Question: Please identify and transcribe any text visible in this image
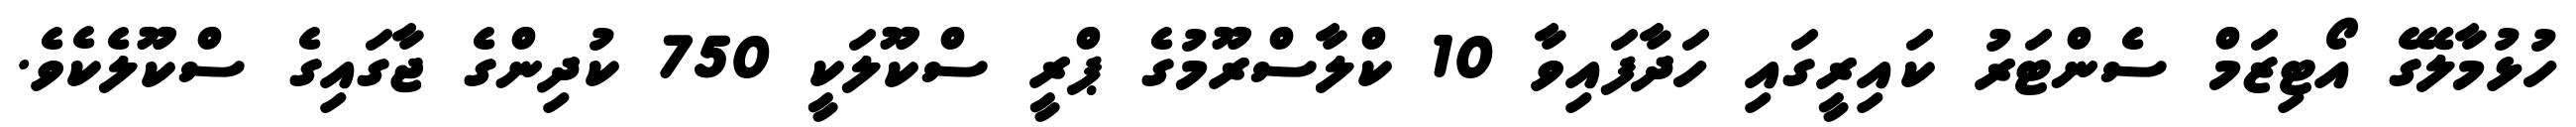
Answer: ހުޅުމާލޭގެ އޯޓިޒަމް ސެންޓަރު ކައިރީގައި ހަދާފައިވާ 10 ކްލާސްރޫމުގެ ޕްރީ ސްކޫލަކީ 750 ކުދިންގެ ޖާގައިގެ ސްކޫލެކެވެ.